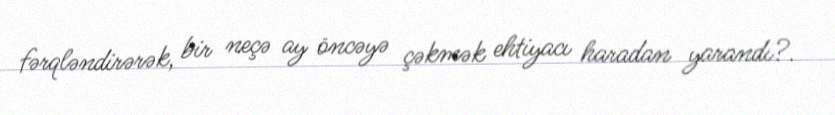
fərqləndirərək, bir neçə ay öncəyə çəkmək ehtiyacı haradan yarandı?.